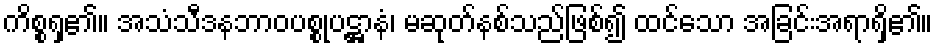
ကိစ္စရှ၏။ အသံသီဒနဘာဝပစ္စုပဋ္ဌာနံ၊ မဆုတ်နစ်သည်ဖြစ်၍ ထင်သော အခြင်းအရာရှိ၏။